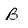
Character: B